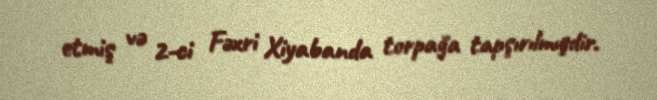
etmiş və 2-ci Fəxri Xiyabanda torpağa tapşırılmışdir.